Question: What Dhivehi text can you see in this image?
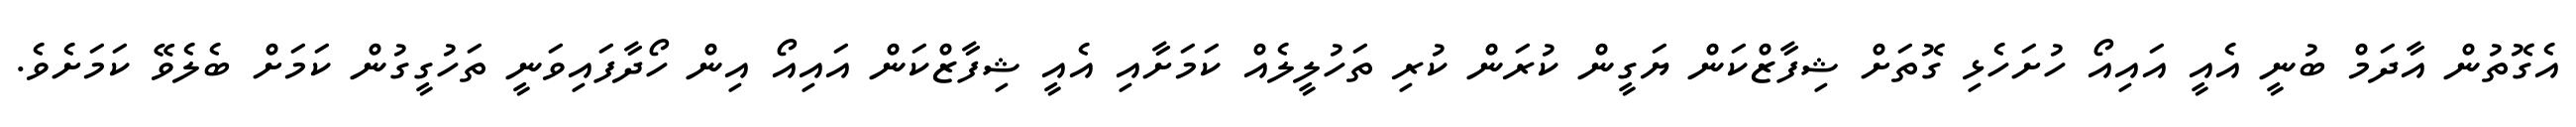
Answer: އެގޮތުން އާދަމް ބުނީ އެއީ އައިއޯ ހުށަހެޅި ގޮތަށް ޝިފާޒްކަން ޔަގީން ކުރަން ކުރި ތަހުލީލެއް ކަމަށާއި އެއީ ޝިފާޒްކަން އައިއޯ އިން ހޯދާފައިވަނީ ތަހުގީގުން ކަމަށް ބެލެވޭ ކަމަށެވެ.